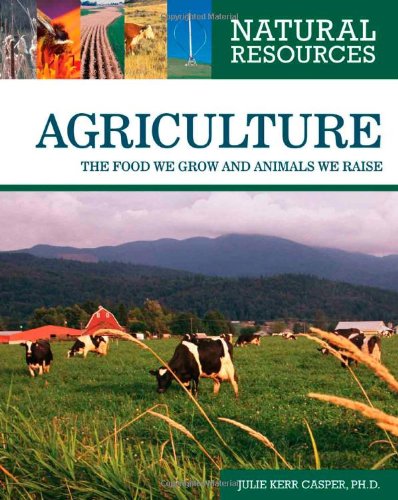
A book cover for Agriculture: The Food We Grow and Animals We Raise (Natural Resources); Julie Kerr Casper; Children's Books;